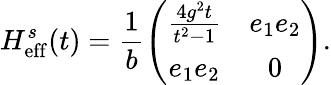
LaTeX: H_{\mathrm{eff}}^{s}(t)=\frac{1}{b}\left(\begin{array}{cc}{\frac{4g^{2}t}{t^{2}-1}}&{e_{1}e_{2}}\\ {e_{1}e_{2}}&{0}\end{array}\right).